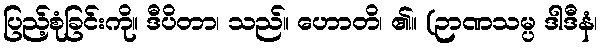
ပြည့်စုံခြင်းကို။ ဒီပိတာ၊ သည်။ ဟောတိ၊ ၏။ (ဉာဏသမ္ပ ဒါဒီနံ၊